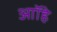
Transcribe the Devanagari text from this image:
आॉहे